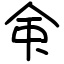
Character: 𫝇